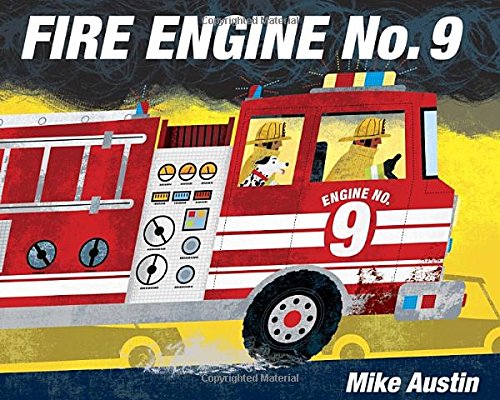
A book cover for Fire Engine No. 9; Mike Austin; Children's Books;